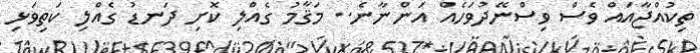
ތިކުއްޖާއައް ވެސް ވިސްނޭދުވަހެއް އަންނާނެ.. މަޤާމު ގެއްލި ކޮށި ދަނޑު ގެއްލި ކަތިވަޅި